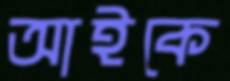
আইকে